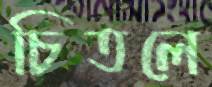
চিতলে